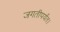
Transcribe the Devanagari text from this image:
जगतीपर्यंत।